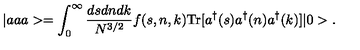
| a a a > = \int _ { 0 } ^ { \infty } \frac { d s d n d k } { N ^ { 3 / 2 } } f ( s , n , k ) \mathrm { T r } [ a ^ { \dagger } ( s ) a ^ { \dagger } ( n ) a ^ { \dagger } ( k ) ] | 0 > .